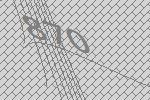
870